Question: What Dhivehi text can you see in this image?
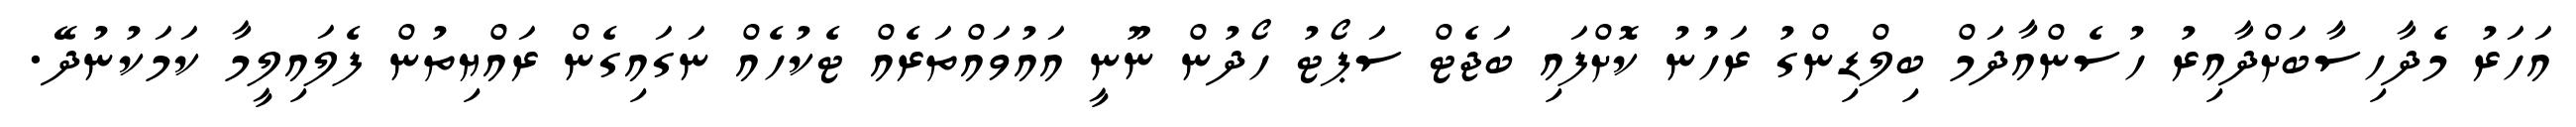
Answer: އަހަރު މެދާހިސާބަށްދާއިރު ހުސެންއާދަމް ބިލްޑިންގު ރަހުނު ކޮށްފައި ބަޖެޓް ސަޕޯޓު ހޯދުން ނޫނީ އައުވައްތަރެއް ޓެކުހެއް ނަގައިގެން ރައްޔިތުން ފެލައިލީމާ ކަމަކުނުދޭ.